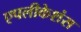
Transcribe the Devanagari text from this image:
एपलीकेशंस